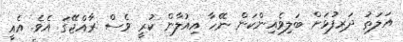
އަލަތު ދަރިފުޅަށް ބަލިވެއިންކަން ނޭހާ އިއުލާން ކުރީ ވެސް ރާއްޖޭގަ އެވެ. އެއީ